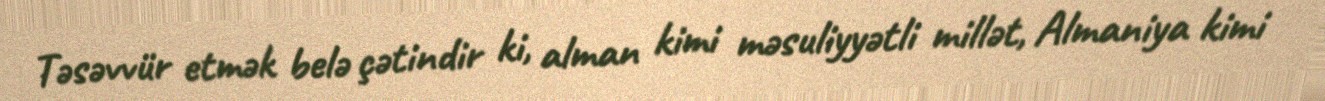
Təsəvvür etmək belə çətindir ki, alman kimi məsuliyyətli millət, Almaniya kimi